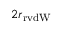
2 r _ { \mathrm { r v d W } }